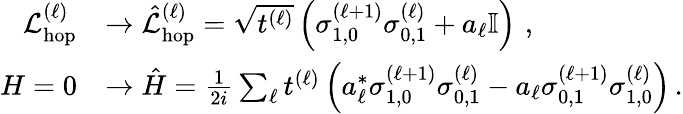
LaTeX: \begin{array}{rl}{\mathcal{L}_{\mathrm{hop}}^{(\ell)}}&{\rightarrow\hat{\mathcal{L}}_{\mathrm{hop}}^{(\ell)}=\sqrt{t^{(\ell)}}\left(\sigma_{1,0}^{(\ell+1)}\sigma_{0,1}^{(\ell)}+a_{\ell}\mathbb{I}\right)\, \, ,}\\ {H=0}&{\rightarrow\hat{H}=\frac{1}{2i}\sum_{\ell}t^{(\ell)}\left(a_{\ell}^{*}\sigma_{1,0}^{(\ell+1)}\sigma_{0,1}^{(\ell)}-a_{\ell}\sigma_{0,1}^{(\ell+1)}\sigma_{1,0}^{(\ell)}\right)\, .}\end{array}